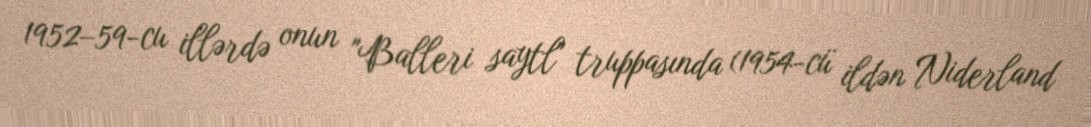
1952–59-cu illərdə onun "Balleri saytl" truppasında (1954-cü ildən Niderland